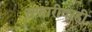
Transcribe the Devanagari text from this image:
सफारीवरही